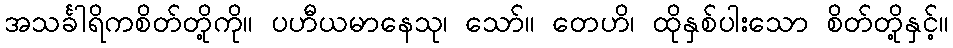
အသင်္ခါရိကစိတ်တို့ကို။ ပဟီယမာနေသု၊ သော်။ တေဟိ၊ ထိုနှစ်ပါးသော စိတ်တို့နှင့်။